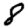
Digit: 8